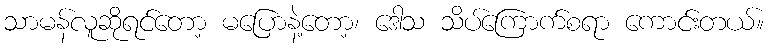
သာမန်လူဆိုရင်တော့ မပြောနဲ့တော့၊ ဒေါသ သိပ်ကြောက်စရာ ကောင်းတယ်။